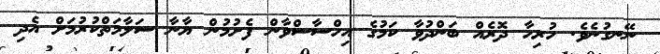
ނޭނގުނެވެ. ހުރިހާ ދޮރެެއް ބަންދުވާ ކަމުގެ އިހްސާސްވާން ފެށުމުން ޔާނާ ސަލާމަތްކުރުމަށް އެދި